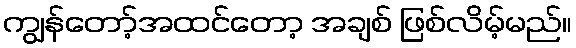
ကျွန်တော့်အထင်တော့ အချစ် ဖြစ်လိမ့်မည်။